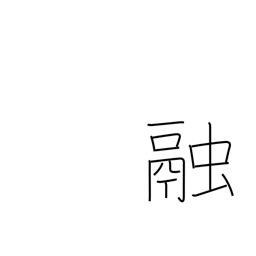
Meaning: dissolve